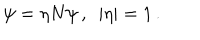
LaTeX: \psi = \eta N \psi \, , \ \ | \eta | = 1 \, .